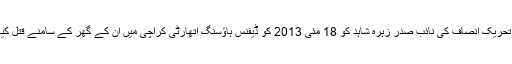
پاکستان تحریک انصاف کی نائب صدر زہرہ شاہد کو 18 مئی 2013 کو ڈیفنس ہاؤسنگ اتھارٹی کراچی میں ان کے گھر کے سامنے قتل کیا گیا تھا۔